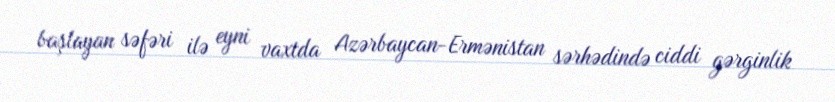
başlayan səfəri ilə eyni vaxtda Azərbaycan-Ermənistan sərhədində ciddi gərginlik